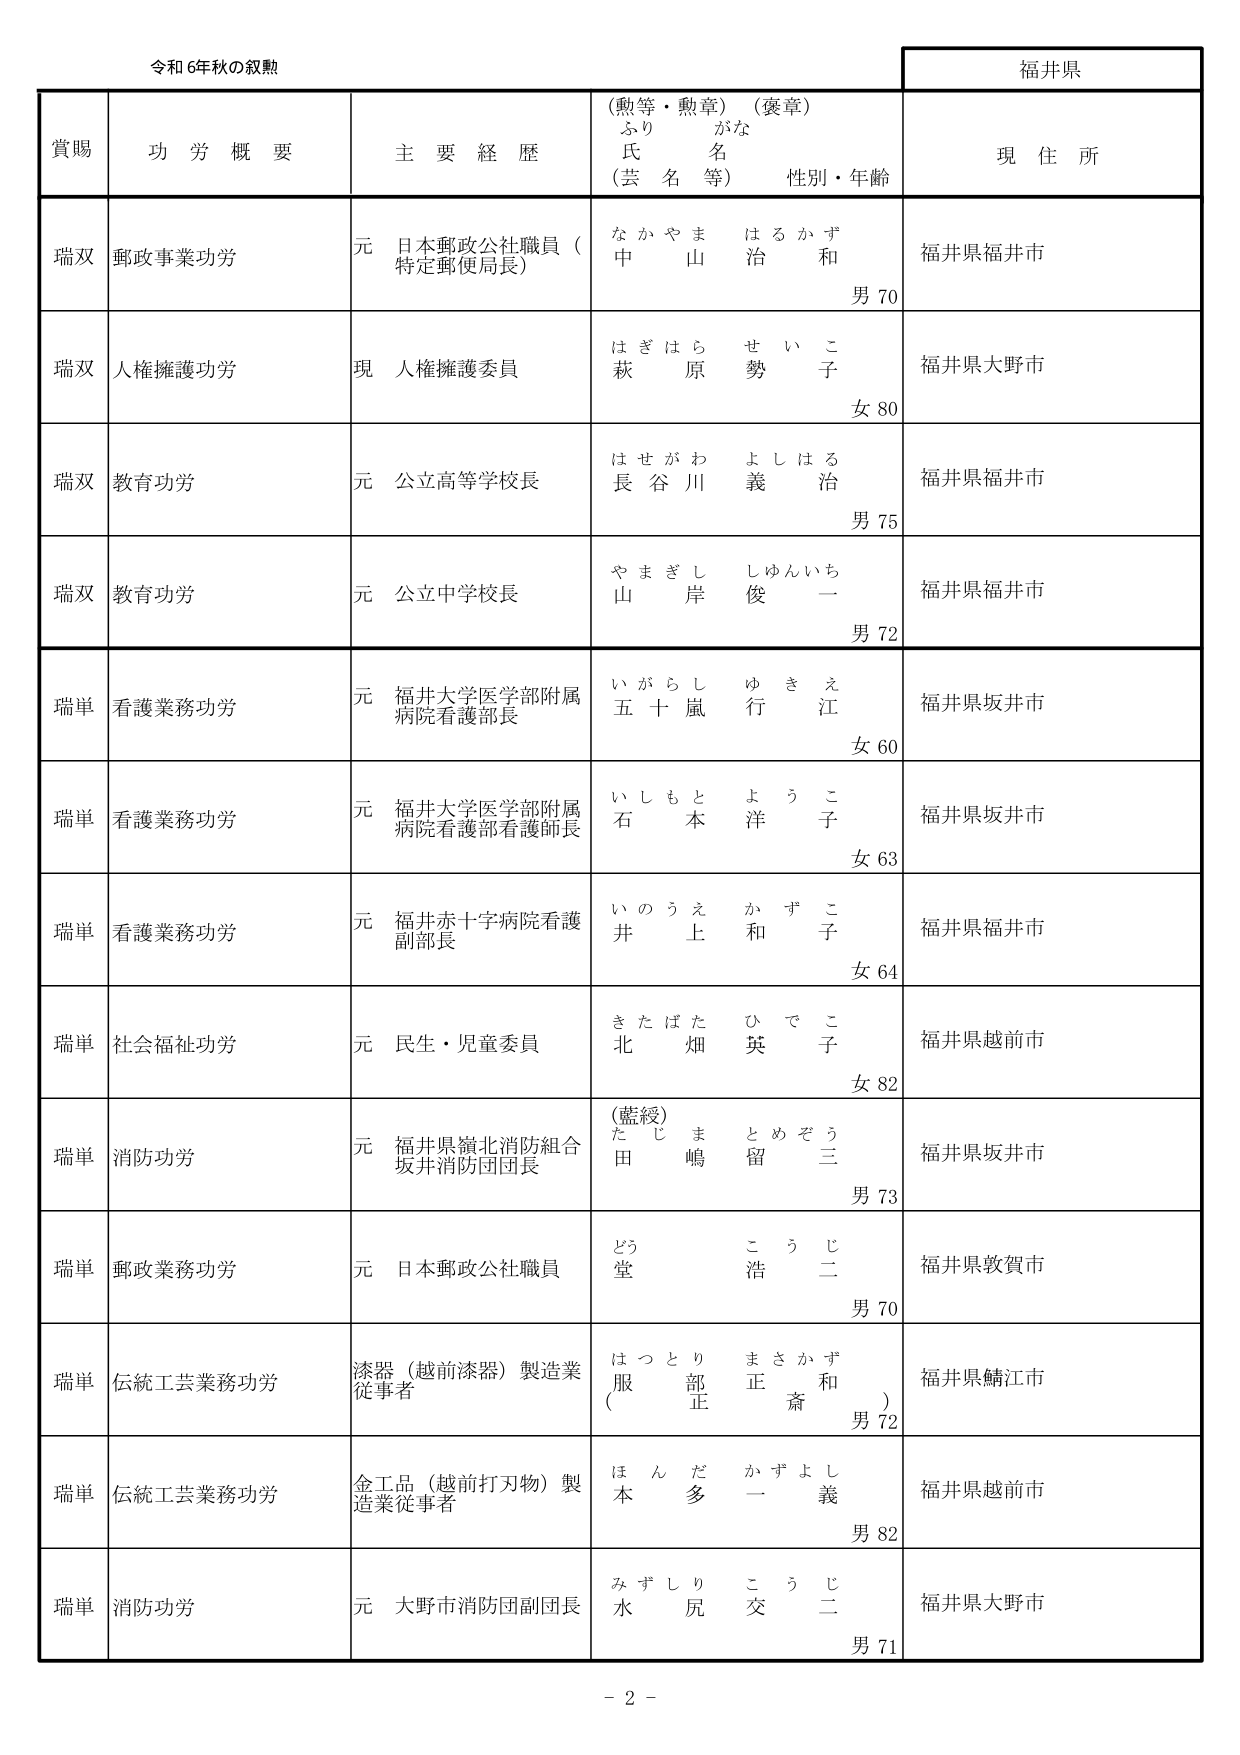
令和6年秋の叙勲

福井県

賞賜　功労概要　主要経歴　（勲等・勲章）（褒章）　現住所
　　　　　　　　　　　ふりがな　氏名（芸名等）　性別・年齢

瑞双　郵政事業功労　元 日本郵政公社職員（特定郵便局長）　なかやま　はるかず　中　山　治　和　男70　福井県福井市

瑞双　人権擁護功労　現 人権擁護委員　はぎはら　せいこ　萩　原　勢　子　女80　福井県大野市

瑞双　教育功労　元 公立高等学校長　はせがわ　よしはる　長　谷　川　義　治　男75　福井県福井市

瑞双　教育功労　元 公立中学校長　やまぎし　しゅんいち　山　岸　俊　一　男72　福井県福井市

瑞単　看護業務功労　元 福井大学医学部附属病院看護部長　いがらし　ゆきえ　五　十　嵐　行　江　女60　福井県坂井市

瑞単　看護業務功労　元 福井大学医学部附属病院看護部看護師長　いしもと　ようこ　石　本　洋　子　女63　福井県坂井市

瑞単　看護業務功労　元 福井赤十字病院看護副部長　いのうえ　かずこ　井　上　和　子　女64　福井県福井市

瑞単　社会福祉功労　元 民生・児童委員　きたばた　ひでこ　北　畑　英　子　女82　福井県越前市

瑞単　消防功労　元 福井県嶺北消防組合坂井消防団団長　（藍綬）たじま　とめぞう　田　嶋　留　三　男73　福井県坂井市

瑞単　郵政業務功労　元 日本郵政公社職員　どう　こうじ　堂　浩　二　男70　福井県敦賀市

瑞単　伝統工芸業務功労　漆器（越前漆器）製造業従事者　はつとり　まさかず　服　部　正　和　（　斎　）　男72　福井県鯖江市

瑞単　伝統工芸業務功労　金工品（越前打刃物）製造業従事者　ほんだ　かずよし　本　多　一　義　男82　福井県越前市

瑞単　消防功労　元 大野市消防団副団長　みずしり　こうじ　水　尻　交　二　男71　福井県大野市

－2－